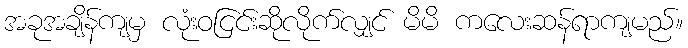
အခုအချိန်ကျမှ လုံးဝငြင်းဆိုလိုက်လျှင် မိမိ ကလေးဆန်ရာကျမည်။